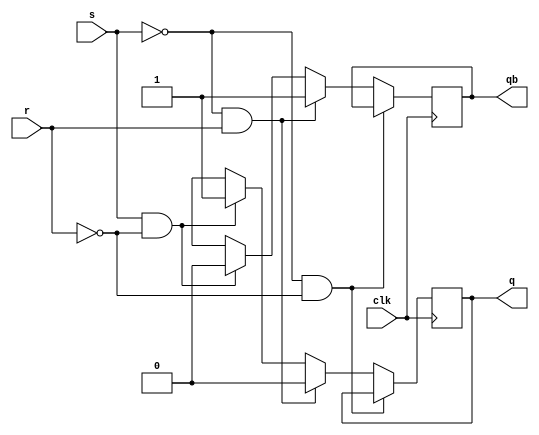
// Code your design here
module srff(q,qb,s,r,clk);
  input s,r,clk;
  output reg q,qb;
  initial q=0;
  initial qb=1;
  always @(posedge clk)
    begin
      if(s==0 & r==0)
        begin
          q=q;
          qb=qb;
        end
      else if(s==0 & r==1)
        begin
          q=0;
          qb=1;
        end
      else if(s==1 & r==0)
        begin
          q=1;
          qb=0;
        end
      else begin
        q=1'bx;
        qb=1'bx;
      end
    end
endmodule

//D using SR
module d_sr(q,qb,d,clk);
  input d,clk;
  output q,qb;
  srff L0(q,qb,d,~d,clk);
endmodule

// Code your testbench here
// or browse Examples
module srff_tb();
  reg d, clk;
  wire q, qb;
  d_sr L0(q,qb,d,clk);
  initial begin
    $dumpfile("dump.vcd");
    $dumpvars;
    clk=0;
    d=0; #20;
    d=1; #100;
    $finish;
  end
  always #10 clk=!clk;
endmodule